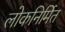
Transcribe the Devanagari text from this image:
लोकनिर्मित